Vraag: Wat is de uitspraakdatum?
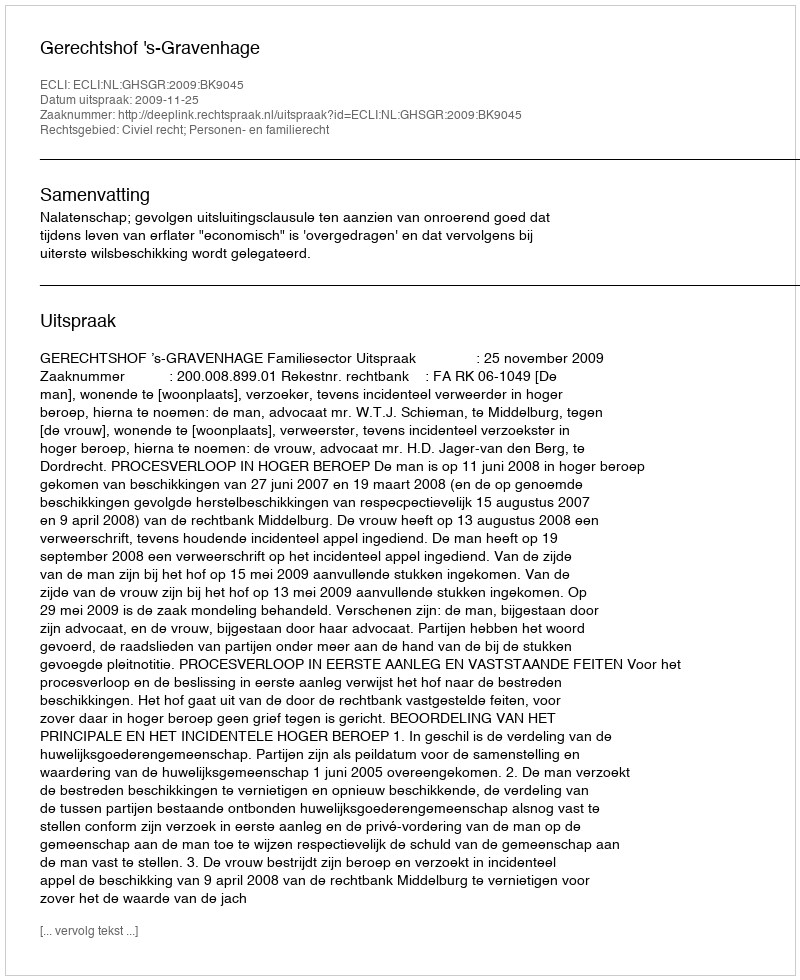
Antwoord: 2009-11-25